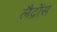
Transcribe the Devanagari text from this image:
लैद्रोंस